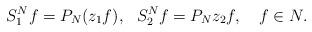
LaTeX: \begin{align*} S^N_1 f=P_N(z_1f) ,\ \ S^N_2f=P_Nz_2f,\ \ \ f \in N.\end{align*}